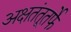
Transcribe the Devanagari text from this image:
अक्षतंतूतर्फे